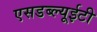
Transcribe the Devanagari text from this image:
एसडब्ल्यूईटी